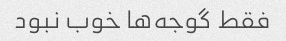
فقط گوجه‌ها خوب نبود